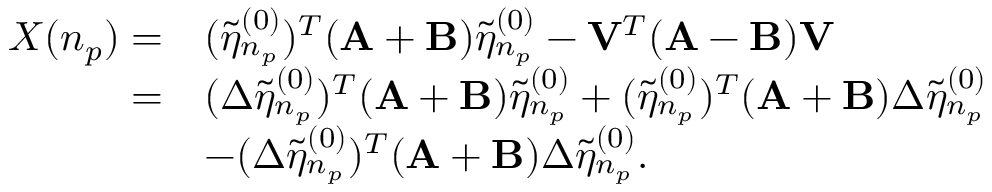
\begin{array} { r l } { X ( n _ { p } ) = } & { ( \tilde { \eta } _ { n _ { p } } ^ { ( 0 ) } ) ^ { T } ( \mathbf { A } + \mathbf { B } ) \tilde { \eta } _ { n _ { p } } ^ { ( 0 ) } - \mathbf { V } ^ { T } ( \mathbf { A } - \mathbf { B } ) \mathbf { V } } \\ { = } & { ( \Delta \tilde { \eta } _ { n _ { p } } ^ { ( 0 ) } ) ^ { T } ( \mathbf { A } + \mathbf { B } ) \tilde { \eta } _ { n _ { p } } ^ { ( 0 ) } + ( \tilde { \eta } _ { n _ { p } } ^ { ( 0 ) } ) ^ { T } ( \mathbf { A } + \mathbf { B } ) \Delta \tilde { \eta } _ { n _ { p } } ^ { ( 0 ) } } \\ & { - ( \Delta \tilde { \eta } _ { n _ { p } } ^ { ( 0 ) } ) ^ { T } ( \mathbf { A } + \mathbf { B } ) \Delta \tilde { \eta } _ { n _ { p } } ^ { ( 0 ) } . } \end{array}